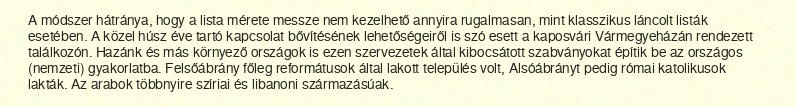
A módszer hátránya, hogy a lista mérete messze nem kezelhető annyira rugalmasan, mint klasszikus láncolt listák esetében. A közel húsz éve tartó kapcsolat bővítésének lehetőségeiről is szó esett a kaposvári Vármegyeházán rendezett találkozón. Hazánk és más környező országok is ezen szervezetek által kibocsátott szabványokat építik be az országos (nemzeti) gyakorlatba. Felsőábrány főleg reformátusok által lakott település volt, Alsóábrányt pedig római katolikusok lakták. Az arabok többnyire szíriai és libanoni származásúak.